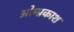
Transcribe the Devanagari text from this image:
ओम्प्रकाश